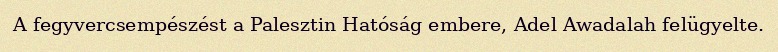
A fegyvercsempészést a Palesztin Hatóság embere, Adel Awadalah felügyelte.